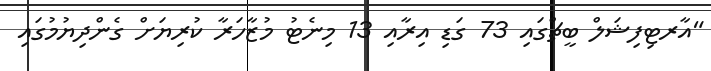
"އާރޓިފިޝަލް ބީޗްގައި 73 ގަޑި އިރާއި 13 މިނެޓު މުޒާހަރާ ކުރިޔަށް ގެންދިޔުމުގައި